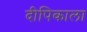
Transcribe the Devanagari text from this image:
दीपिकाला